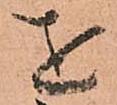
を